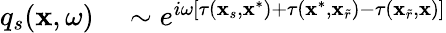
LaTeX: \begin{array}{rl}{q_{s}(\mathbf{x},\omega)}&{{}\sim e^{i\omega\left[\tau(\mathbf{x}_{s},\mathbf{x}^{*})+\tau(\mathbf{x}^{*},\mathbf{x}_{\widetilde{r}})-\tau(\mathbf{x}_{\widetilde{r}},\mathbf{x})\right]}}\end{array}